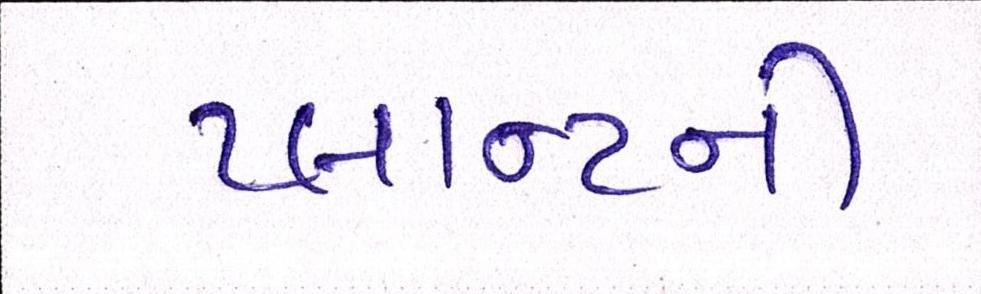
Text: પ્લાન્ટની